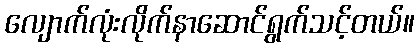
လျောက်လုံးလိုက်နာဆောင်ရွက်သင့်တယ်။